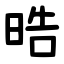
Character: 晧